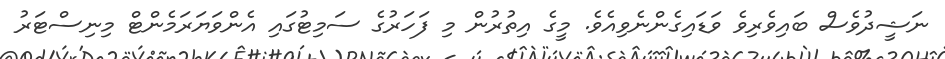
ނަޝީދުވެސް ބައިވެރިވެ ވަޑައިގެންނެވިއެވެ. މީގެ އިތުރުން މި ފަހަރުގެ ސަމިޓުގައި އެންވަޔަރަމެންޓް މިނިސްޓަރު